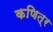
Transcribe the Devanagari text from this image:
कणित्र